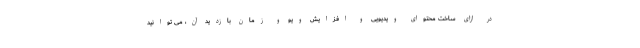
در ازای ساخت محتوای ویدیویی و افزایش ویو و زمان بازدید آن، می توانید